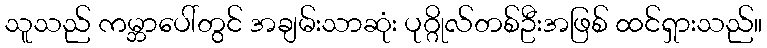
သူသည် ကမ္ဘာပေါ်တွင် အချမ်းသာဆုံး ပုဂ္ဂိုလ်တစ်ဦးအဖြစ် ထင်ရှားသည်။